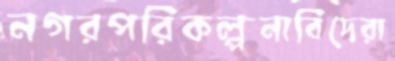
নগরপরিকল্পনাবিদেরা